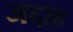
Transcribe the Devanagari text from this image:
जद्दाह